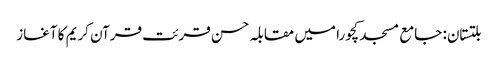
بلتستان: جامع مسجد کچورا میں مقابلہ حسن قرئت قرآن کریم کا آغاز